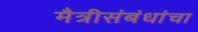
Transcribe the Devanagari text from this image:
मैत्रीसंबंधांचा